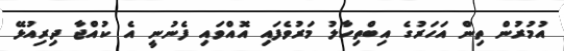
އުމުރުން ތިން އަހަރުގެ އިބްތިހާލު މަރުވެފައި އޮއްވައި ފެނުނީ އެ ކުއްޖާ ދިރިއުޅޭ